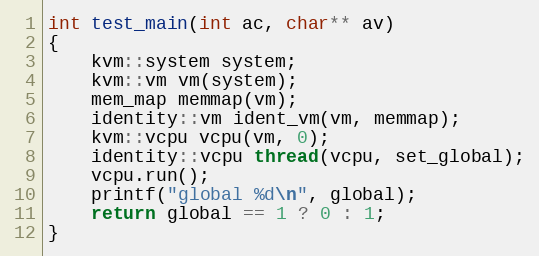
Language: C++
int test_main(int ac, char** av)
{
    kvm::system system;
    kvm::vm vm(system);
    mem_map memmap(vm);
    identity::vm ident_vm(vm, memmap);
    kvm::vcpu vcpu(vm, 0);
    identity::vcpu thread(vcpu, set_global);
    vcpu.run();
    printf("global %d\n", global);
    return global == 1 ? 0 : 1;
}